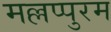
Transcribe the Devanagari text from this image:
मल्लप्पुरम